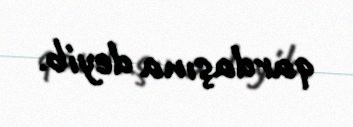
qardaşına deyib.